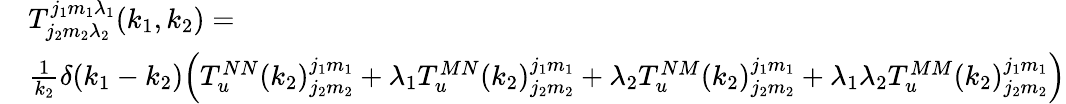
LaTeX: \begin{array}{rl}&{T_{j_{2}m_{2}\lambda_{2}}^{j_{1}m_{1}\lambda_{1}}(k_{1},k_{2})=}\\ &{\frac{1}{k_{2}}\delta(k_{1}-k_{2})\Big(T_{u}^{NN}(k_{2})_{j_{2}m_{2}}^{j_{1}m_{1}}+\lambda_{1}T_{u}^{MN}(k_{2})_{j_{2}m_{2}}^{j_{1}m_{1}}+\lambda_{2}T_{u}^{NM}(k_{2})_{j_{2}m_{2}}^{j_{1}m_{1}}+\lambda_{1}\lambda_{2}T_{u}^{MM}(k_{2})_{j_{2}m_{2}}^{j_{1}m_{1}}\Big)}\end{array}